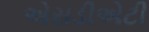
એસડીએટી